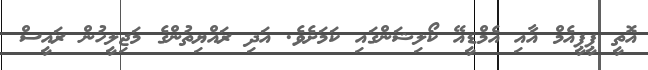
އޮތީ ޕީޕީއެމް އާާއި އެމްޑީއޭ ކޯލިޝަންގައި ކަމަށެވެ. އަދި ރައްޔިތުންގެ މަޖިލީހުން ރައީސް